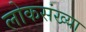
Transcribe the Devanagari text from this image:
लोकसंख्‍या